Vaccination in Bombay 1889-1901 - 1889-1901
Year: 1889
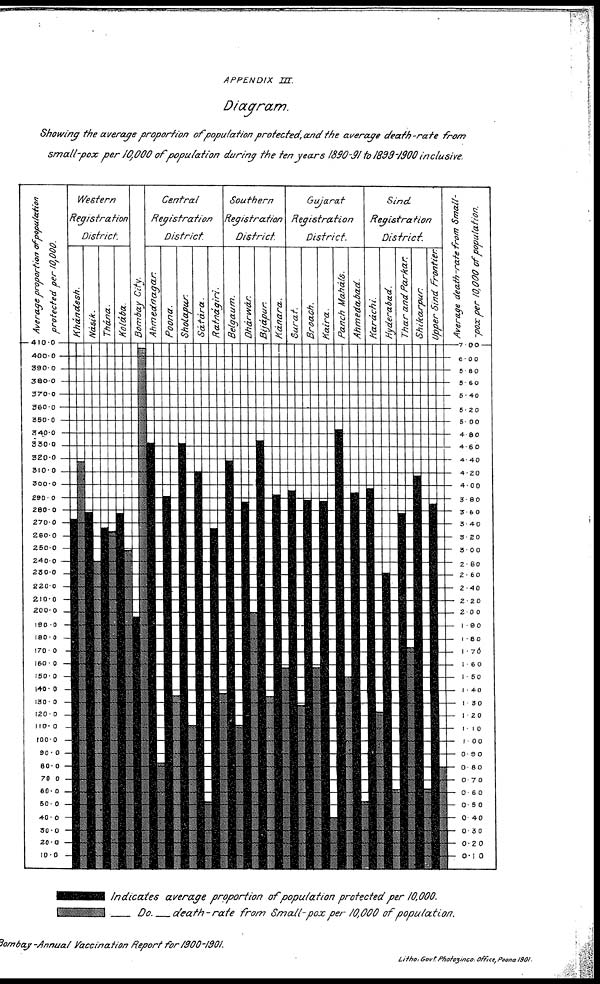
APPENDIX
III.
Diagram.
Showing the average proportion
of population protected, and the average death-rate
from
small-pox
per 10,000 of population
during the ten years 1890-91 to 1899-1900 inclusive.